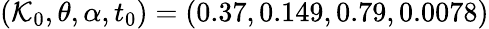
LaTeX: (\mathcal{K}_{0},\theta,\alpha,t_{0})=(0.37,0.149,0.79,0.0078)